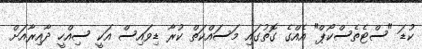
ކުޑަ "ސްޓެތެސްކޯޕް" އެއްގެ ގޮތުގައި މަސައްކަތް ކުރާ ޑިވައިސް އަކީ ސިއްހީ ދާއިރާއަށް